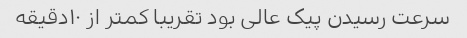
سرعت رسیدن پیک عالی بود تقریبا کمتر از ۱۰دقیقه